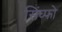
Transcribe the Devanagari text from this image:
सिंघ्फो